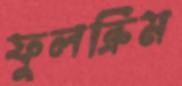
ফুলক্রিম